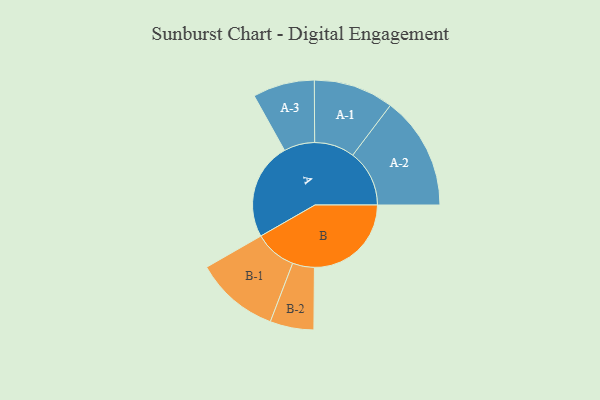
{"axis": {"x": "Segment", "y": "Value"}, "legend": ["", "A", "B"], "data": [{"x": "A", "y": 497, "type": ""}, {"x": "B", "y": 496, "type": ""}, {"x": "A-1", "y": 205, "type": "A"}, {"x": "A-2", "y": 290, "type": "A"}, {"x": "A-3", "y": 158, "type": "A"}, {"x": "B-1", "y": 215, "type": "B"}, {"x": "B-2", "y": 112, "type": "B"}]}